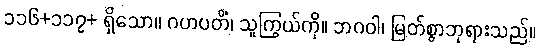
၁၁၆+၁၁၇+ ရှိသော။ ဂဟပတိံ၊ သူကြွယ်ကို။ ဘဂဝါ၊ မြတ်စွာဘုရားသည်။